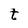
Character: t